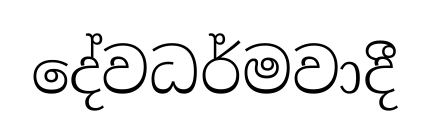
දේවධර්මවාදී